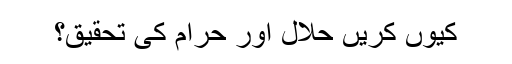
کیوں کریں حلال اور حرام کی تحقیق؟